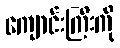
ကျောင်းကြီးကို